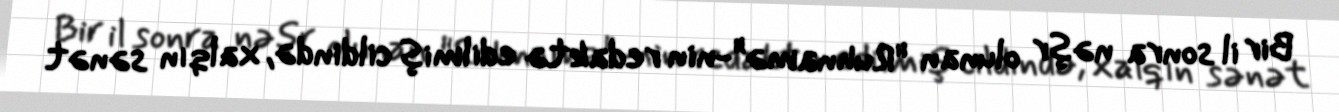
Bir il sonra nəşr olunan "Ruhnamə"-nin redaktə edilmiş cildində, xalqın sənət